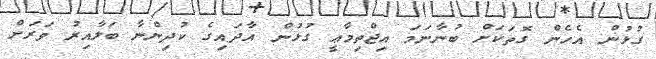
ގުޅުން އެހެން ގޮތަކަށް ބުނާނަމަ އިޖްތިމާޢީ ގުޅުން އާދައިގެ ކުދިންނާ ބަލާއިރު ވަރަށް